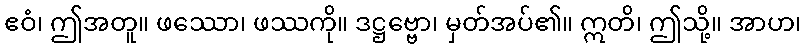
ဧဝံ၊ ဤအတူ။ ဖဿော၊ ဖဿကို။ ဒဋ္ဌဗ္ဗော၊ မှတ်အပ်၏။ ဣတိ၊ ဤသို့။ အာဟ၊